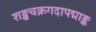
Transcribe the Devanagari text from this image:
शङ्खचक्रगदापद्माङ्क